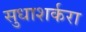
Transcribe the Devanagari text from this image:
सुधाशर्करा